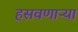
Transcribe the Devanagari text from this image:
हसवणाऱ्या